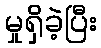
မှုရှိခဲ့ပြီး